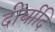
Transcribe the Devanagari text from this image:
दीर्घादि